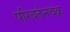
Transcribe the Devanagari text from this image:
परिवर्तनचक्र